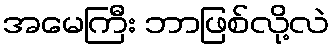
အမေကြီး ဘာဖြစ်လို့လဲ